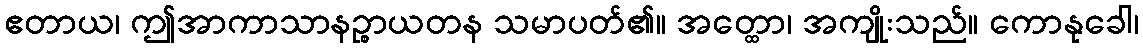
ဧတာယ၊ ဤအာကာသာနဉ္စာယတန သမာပတ်၏။ အတ္ထော၊ အကျိုးသည်။ ကောနုခေါ၊